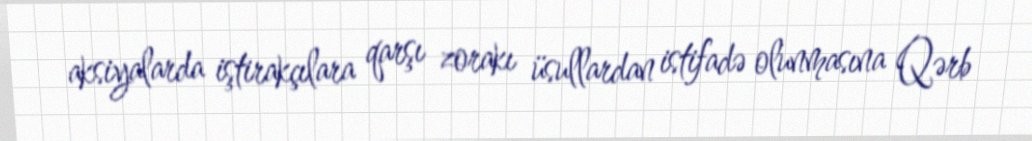
aksiyalarda iştirakçılara qarşı zorakı üsullardan istifadə olunmasına Qərb